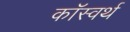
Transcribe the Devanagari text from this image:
कॉस्वर्थ